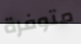
متوفرة